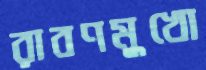
রাবণমুখো